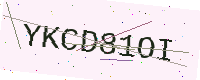
Text: YKCD81OI